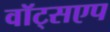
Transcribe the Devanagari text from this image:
वॉट्सएप